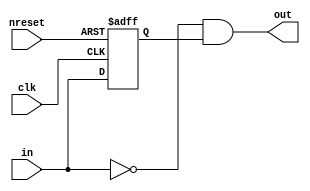
//#############################################################################
//# Function: Converts a falling edge to a single cycle pulse                 #
//#############################################################################
//# Author:   Andreas Olofsson                                                #
//# License:  MIT (see LICENSE file in OH! repository)                        #
//#############################################################################

module oh_fall2pulse
  #( parameter N = 1) //data width
   (
    input 	   clk, // clock
    input 	   nreset, // async active low reset
    input [N-1:0]  in, // edge input
    output [N-1:0] out     // one cycle pulse
    );

   reg [N-1:0] 	   in_reg;

   always @ (posedge clk or negedge nreset)
     if(!nreset)
       in_reg[N-1:0] <= 'b0 ;
     else
       in_reg[N-1:0] <= in[N-1:0] ;

   assign out[N-1:0] = ~in[N-1:0] & in_reg[N-1:0] ;

endmodule // oh_fall2pulse